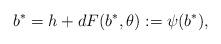
LaTeX: \begin{align*}b^*=h+d F(b^*,\theta):=\psi(b^*),\end{align*}